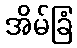
အိမ်ခြံ